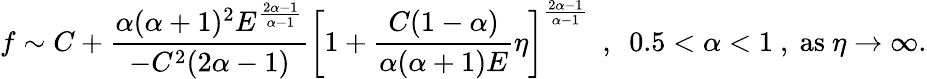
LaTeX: f\sim C+\displaystyle\frac{\alpha(\alpha+1)^{2}E^{\frac{2\alpha-1}{\alpha-1}}}{-C^{2}(2\alpha-1)}\left[1+\frac{C(1-\alpha)}{\alpha(\alpha+1)E}\eta\right]^{\frac{2\alpha-1}{\alpha-1}}~~,~~0.5<\alpha<1~,~\textrm{as}\ \eta\to\infty.